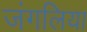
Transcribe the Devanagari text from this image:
जंगलिया